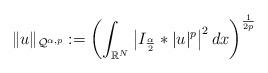
LaTeX: \begin{align*} \|u\|_{\mathcal Q^{\alpha, p}}:= \left(\int_{\mathbb R^N}\left|I_\frac \alpha 2\ast|u|^{p}\right|^2dx\right)^{\frac 1{2p}} \end{align*}